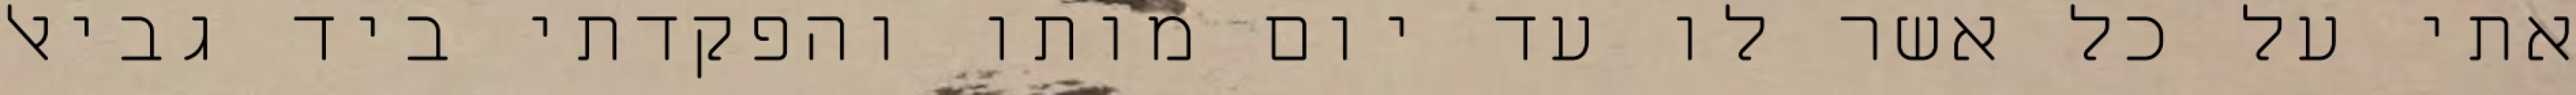
אתי על כל אשר לו עד יום מותו והפקדתי ביד גביאל